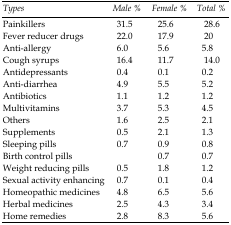
| Types | Male % | Female % | Total % |
 | --- | --- | --- | --- |
 | Painkillers | 31.5 | 25.6 | 28.6 |
 | Fever reducer drugs | 22.0 | 17.9 | 20 |
 | Anti-allergy | 6.0 | 5.6 | 5.8 |
 | Cough syrups | 16.4 | 11.7 | 14.0 |
 | Antidepressants | 0.4 | 0.1 | 0.2 |
 | Anti-diarrhea | 4.9 | 5.5 | 5.2 |
 | Antibiotics | 1.1 | 1.2 | 1.2 |
 | Multivitamins | 3.7 | 5.3 | 4.5 |
 | Others | 1.6 | 2.5 | 2.1 |
 | Supplements | 0.5 | 2.1 | 1.3 |
 | Sleeping pills | 0.7 | 0.9 | 0.8 |
 | Birth control pills |  | 0.7 | 0.7 |
 | Weight reducing pills | 0.5 | 1.8 | 1.2 |
 | Sexual activity enhancing | 0.7 | 0.1 | 0.4 |
 | Homeopathic medicines | 4.8 | 6.5 | 5.6 |
 | Herbal medicines | 2.5 | 4.3 | 3.4 |
 | Home remedies | 2.8 | 8.3 | 5.6 |